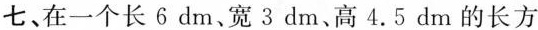
七、在一个长6dm、宽3dm、高4.5dm的长方